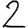
Digit: 2